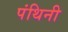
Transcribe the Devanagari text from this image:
पंथिनी